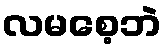
လမစေ့ဘဲ